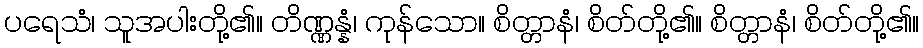
ပရေသံ၊ သူအပါးတို့၏။ တိဏ္ဏန္နံ၊ ကုန်သော။ စိတ္တာနံ၊ စိတ်တို့၏။ စိတ္တာနံ၊ စိတ်တို့၏။